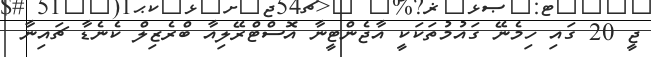
ޖީ 20 ގައި ހިމެނޭ ގައުމުތަކަކީ އާޖެންޓީނާ އޮސްޓްރޭލިއާ ބްރެޒިލް ކެނެޑާ ޗައިނާ